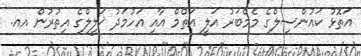
އަތޮޅު ކައުންސިލްގެ މެމްބަރު އަލީ އަޡްމް އާއި އަހުމަދު ޚަލީލްގެ އިތުރުން އއ.